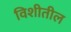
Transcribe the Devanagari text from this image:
विशीतील